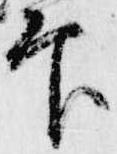
印